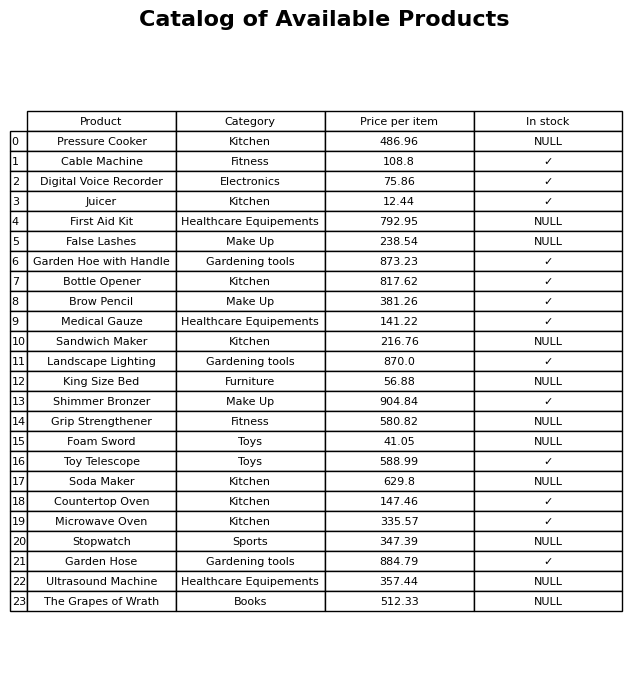
question: What is the price for Medical Gauze?
answer: The price of Medical Gauze is 141.22.